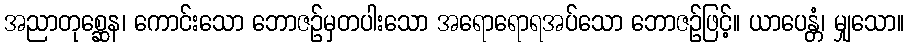
အညာတုစ္ဆေန၊ ကောင်းသော ဘောဇဉ်မှတပါးသော အရောရောရအပ်သော ဘောဇဉ်ဖြင့်။ ယာပေန္တံ၊ မျှသော။